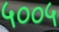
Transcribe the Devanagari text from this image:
५००५